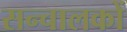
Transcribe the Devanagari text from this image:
सन्चालकों